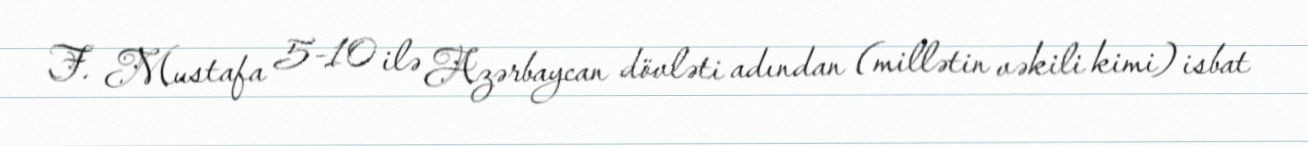
F. Mustafa 5-10 ilə Azərbaycan dövləti adından (millətin vəkili kimi) isbat